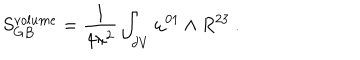
S _ { G B } ^ { v o l u m e } = { \frac { 1 } { 4 \pi ^ { 2 } } } \int _ { \partial V } \omega ^ { 0 1 } \wedge R ^ { 2 3 } \ .